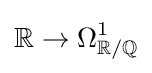
\mathbb {R} \to \Omega _{\mathbb {R} /\mathbb {Q} }^{1}